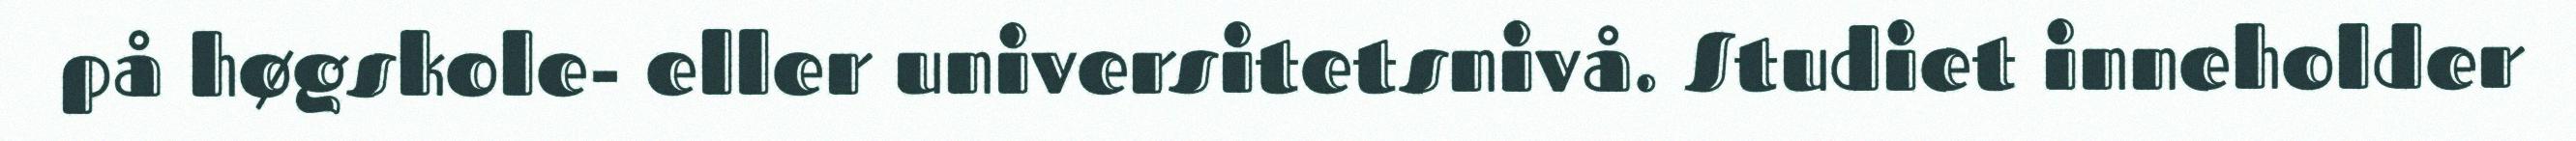
på høgskole- eller universitetsnivå. Studiet inneholder